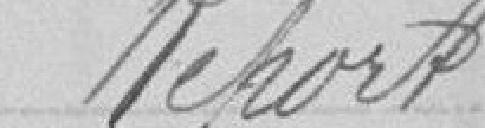
Report